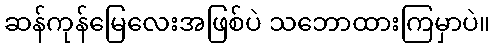
ဆန်ကုန်မြေလေးအဖြစ်ပဲ သဘောထားကြမှာပဲ။